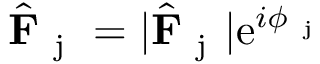
\hat { \mathbf { F } } _ { \mathrm { ~ j ~ } } = | \hat { \mathbf { F } } _ { \mathrm { ~ j ~ } } | \mathrm { e } ^ { i \phi _ { \mathrm { ~ j ~ } } }